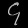
Digit: ၄